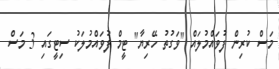
މަސް ކުރިން ފުވައްމުލައް "ވަގުތު ހޭރިޔާ" ޓީމް ފުވައްމުލަކު ސިޓީގައި 3 މަސް